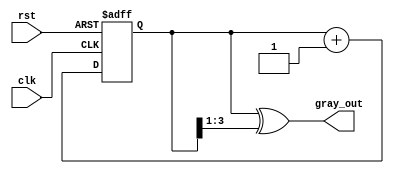
module gray_code_counter (
    input wire clk,        // Clock input
    input wire rst,        // Asynchronous reset
    output reg [3:0] gray_out // Gray code output (4 bits)
);

    // Internal binary counter
    reg [3:0] bin_count;

    // Always block for counter operation
    always @(posedge clk or posedge rst) begin
        if (rst) begin
            bin_count <= 4'b0000; // Reset binary counter to 0
        end else begin
            bin_count <= bin_count + 1; // Increment binary counter
        end
    end

    // Always block for Gray code conversion
    always @(bin_count) begin
        gray_out <= bin_count ^ (bin_count >> 1); // Convert binary to Gray code
    end

endmodule